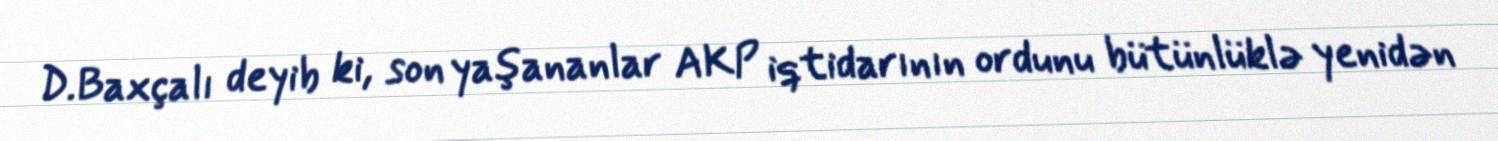
D.Baxçalı deyib ki, son yaşananlar AKP iqtidarının ordunu bütünlüklə yenidən